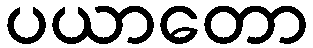
ပယာတော